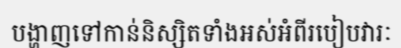
បង្ហាញទៅកាន់និស្សិតទាំងអស់អំពីរបៀបវារៈ